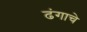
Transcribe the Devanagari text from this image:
ढंगाचे